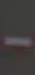
-